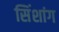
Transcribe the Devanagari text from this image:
सिंशांग